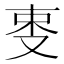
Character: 𠭄